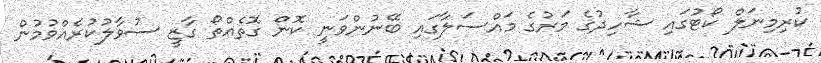
ކުރިމިނަލް ކޯޓުގައި ޝާހިދުގެ މަރުގެ މައްސަލާގައި ބޭނުންވަނީ ކޮން ގޮތެއްތޯ ގާޒީ ސުވާލުކުރެއްވުމުން